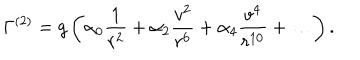
\Gamma ^ { ( 2 ) } = g \left( \alpha _ { 0 } { \frac { 1 } { r ^ { 2 } } } + \alpha _ { 2 } { \frac { v ^ { 2 } } { r ^ { 6 } } } + \alpha _ { 4 } { \frac { v ^ { 4 } } { r ^ { 1 0 } } } + \dots \right) .